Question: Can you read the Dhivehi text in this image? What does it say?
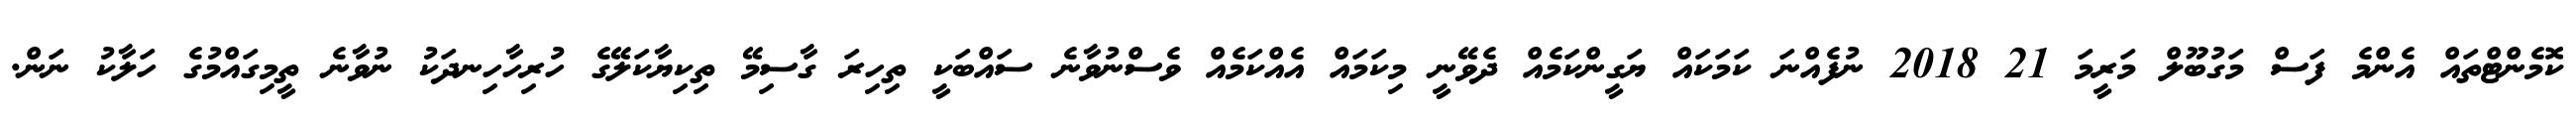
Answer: ކޮމެންޓްތައް އެންމެ ފަސް މަގުބޫލް މަރީމަ 21 2018 ނުފެއްނަ ކަމަކައް ޔަގީންކަމެއް ދެވޭނީ މިކަމައް އެއްކަމެއް ވެސްނުވާނެ ސައްބަކީ ތިހިރަ ގާސިމޭ ތިކިޔާކަލޭގެ ހުރިހާހިނދަކު ނުވާނެ ތީމިގައްމުގެ ހަލާކު ނަން.